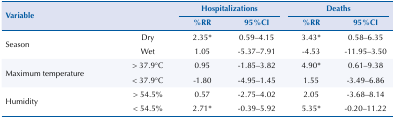
| <ROWSPAN=3-COLSPAN=2> Variable | <COLSPAN=2> Hospitalizations | <COLSPAN=2> Deaths |
 | %RR | 95%CI | %RR | 95%CI |
 | --- | --- | --- | --- | --- | --- |
 | <ROWSPAN=2> Season | Dry | 2.35* | 0.59–4.15 | 3.43* | 0.58–6.35 |
 | Wet | 1.05 | -5.37–7.91 | -4.53 | -11.95–3.50 |
 | <ROWSPAN=2> Maximum temperature | > 37.9°C | 0.95 | -1.85–3.82 | 4.90* | 0.61–9.38 |
 | < 37.9°C | -1.80 | -4.95–1.45 | 1.55 | -3.49–6.86 |
 | <ROWSPAN=2> Humidity | > 54.5% | 0.57 | -2.75–4.02 | 2.05 | -3.68–8.14 |
 | < 54.5% | 2.71* | -0.39–5.92 | 5.35* | -0.20–11.22 |